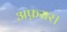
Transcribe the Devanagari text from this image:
अफ़सर।